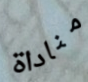
مناداة